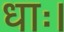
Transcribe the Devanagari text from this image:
धाः।